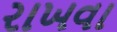
રાખવા